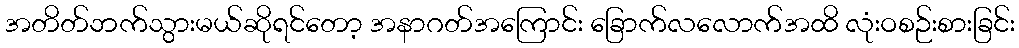
အတိတ်ဘက်သွားမယ်ဆိုရင်တော့ အနာဂတ်အကြောင်း ခြောက်လလောက်အထိ လုံးဝစဉ်းစားခြင်း